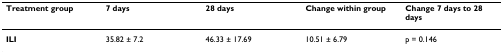
| Treatment group | 7 days | 28 days | Change within group | Change 7 days to 28 days |
 | --- | --- | --- | --- | --- |
 | ILI | 35.82 ± 7.2 | 46.33 ± 17.69 | 10.51 ± 6.79 | p = 0.146 |